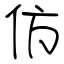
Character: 仿